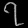
Digit: ၇